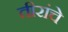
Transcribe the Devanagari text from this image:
तीरांचे